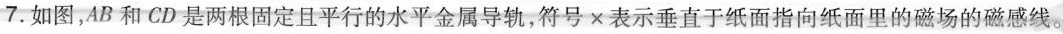
7. 如图，AB 和 CD 是两根固定且平行的水平金属导轨，符号 × 表示垂直于纸面指向纸面里的磁场的磁感线。